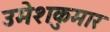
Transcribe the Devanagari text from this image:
उमेशकुमार